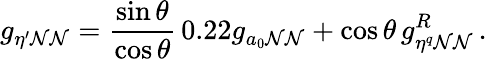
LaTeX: g_{\eta^{\prime}\mathcal{N}\mathcal{N}}={\frac{{\sin\theta}}{{\cos\theta}}}\, 0.22g_{a_{0}\mathcal{N}\mathcal{N}}+\cos\theta\, g_{\eta^{q}\mathcal{N}\mathcal{N}}^{R}\, .